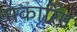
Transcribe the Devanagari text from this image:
मकारिम